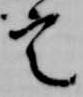
定